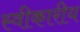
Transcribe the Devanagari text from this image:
स्वीकारीय